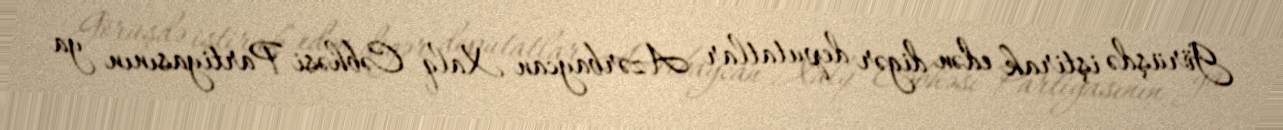
Görüşdə iştirak edən digər deputatlar Azərbaycan Xalq Cəbhəsi Partiyasının ya